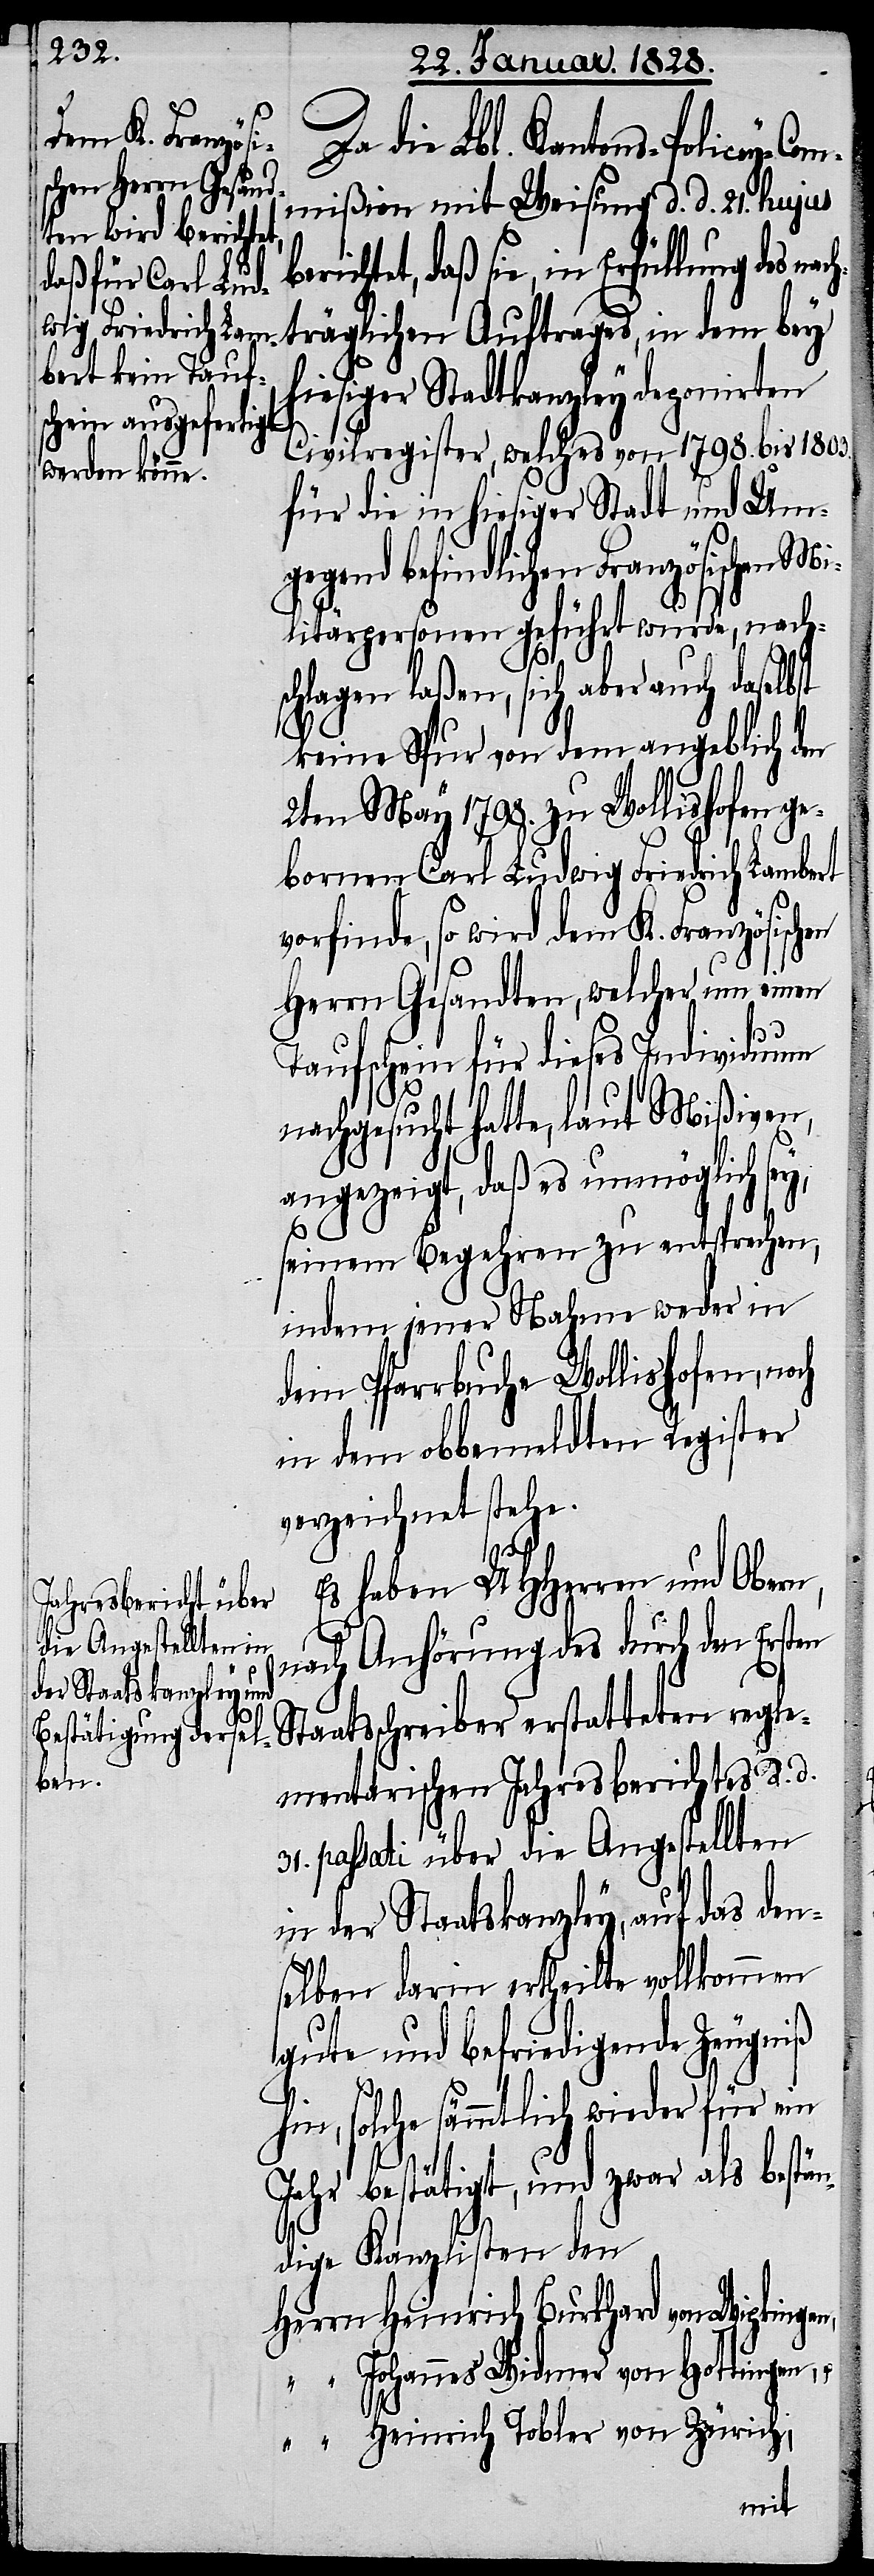
n,
Da die Lbl. Kantons-Policey-Co¬
mmißion mit Weisung d. d. 21. hujus
daß sie, in Erfüllung des
träglichen Auftrages, in dem bey
hiesiger Stadtkanzley deponirten
Civilregister, welches von 1798. bis 1803.
für die in hiesiger Stadt und Umge¬
gend befindlichen Französischen M¬
ilitärpersonen geführt wurde, nachs¬
chlagen laßen, sich aber auch daselb¬
keine Spur von dem angeblich den
2ten May 1798. zu Wollishofen g¬
eborenen Carl Ludwig Friedrich Lambert
vorfinde, so wird dem K. Französischen
Herrn Gesandten, welcher um einen
Taufschein für dieses Individuum
nachgesucht hatte, laut Mißiven,
angezeigt, daß es unmöglich sey,
st
seinem Begehren zu entsprechen,
indem jener Nahme weder in
dem Pfarrbuche Wollishofen,
in dem obbemeldten Register
verzeichnet stehe.
regle¬
Es haben UHHerren und Obern,
nach Anhörung des durch den Erst¬
en Staatsschreiber
mentarischen Jahresberichtes d. d.
31. passati über die Angestellten
in der Staatskanzley, auf das den¬
selben darin ertheilte vollkommen
gute und befriedigende Zeugniß
hin, solche sämmtlich wieder für ein
Jahr bestätigt, und zwar als bestä¬
ndige Kanzlisten den
Herrn Heinrich Burkhard von Wipkinge¬
“ Johannes Widmer von Hottingen, u.
“ Heinrich Tobler von Zürich;